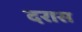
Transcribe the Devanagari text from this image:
दरास